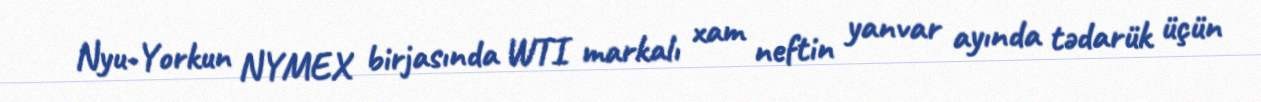
Nyu-Yorkun NYMEX birjasında WTI markalı xam neftin yanvar ayında tədarük üçün